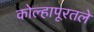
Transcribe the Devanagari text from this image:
कोल्हापूरतले